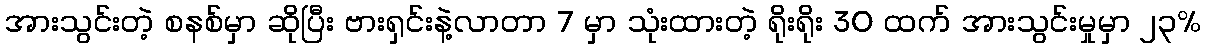
အားသွင်းတဲ့ စနစ်မှာ ဆိုပြီး ဗားရှင်းနဲ့လာတာ 7 မှာ သုံးထားတဲ့ ရိုးရိုး 30 ထက် အားသွင်းမှုမှာ ၂၃%